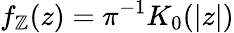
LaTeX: f_{\mathbb{Z}}(z)=\pi^{-1}K_{0}(|z|)